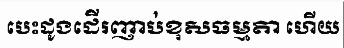
បេះដូងដើរញាប់ខុសធម្មតា ហើយ